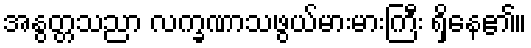
အနွတ္တသညာ လက္ခဏာသဖွယ်မားမားကြီး ရှိနေ၏။